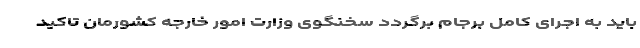
باید به اجرای کامل برجام برگردد سخنگوی وزارت امور خارجه کشورمان تاکید